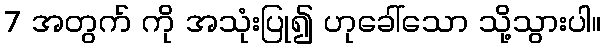
7 အတွက် ကို အသုံးပြု၍ ဟုခေါ်သော သို့သွားပါ။